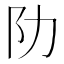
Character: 阞